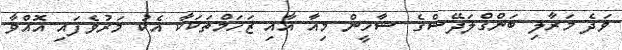
ވަދެ މަރާލި ބަންގްލަދޭޝްގެ ޝާހީން މިއާ އާއި ޒަހަމްތަކަކާ އެކު މަރުވެފައި އޮއްވާ